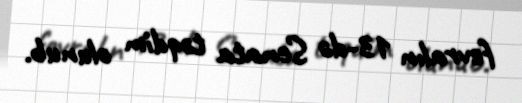
fevralın 13-də Senata təqdim olunub.